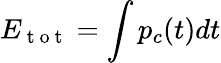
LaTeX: E_{\mathrm{~t~o~t~}}=\int p_{c}(t)dt